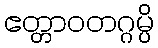
ဧတ္တာဝတဂ္ဂမ္ပိ